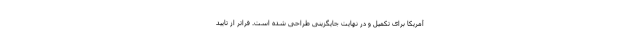
آمریکا برای تکمیل و در نهایت جایگزینی طراحی شده است. فراتر از تایید